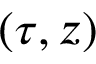
( \tau , z )